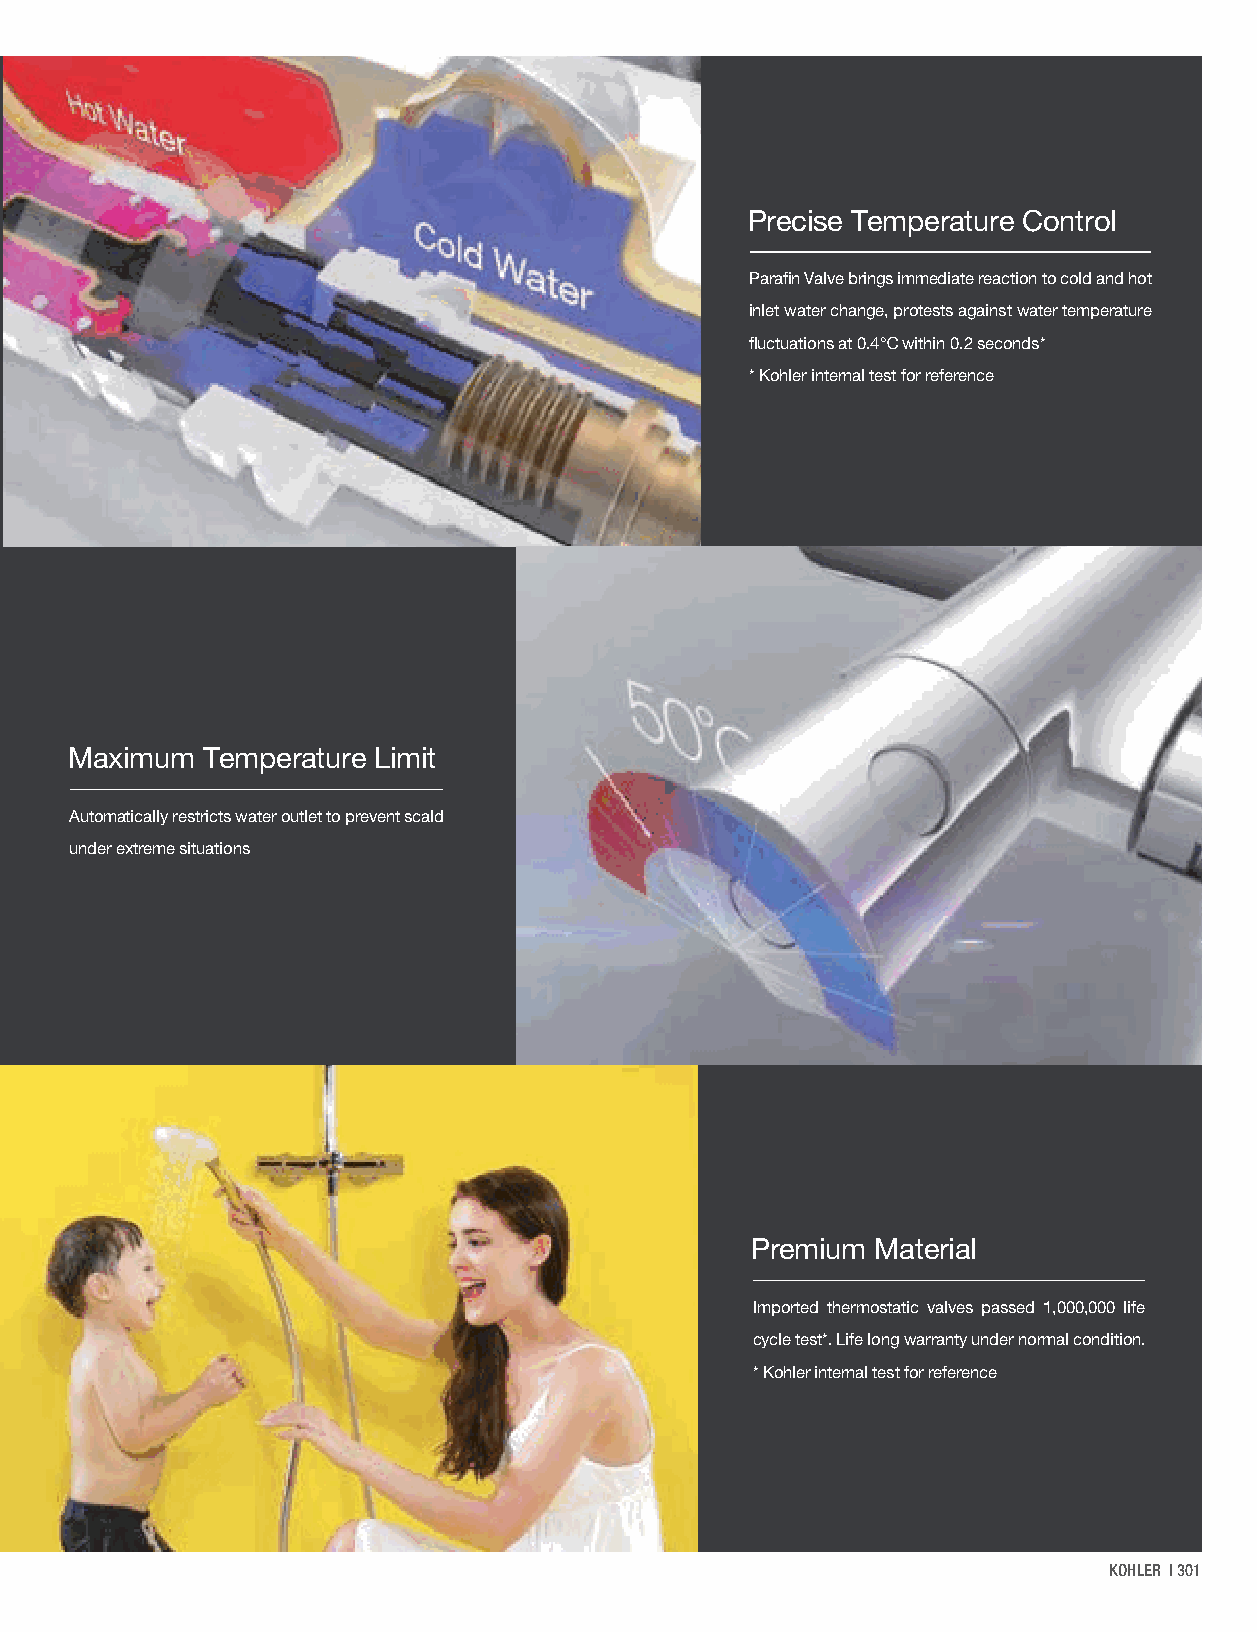
Thermostatic Valve
 Precise Temperature Control
 Parafin Valve brings immediate reaction to cold and hot
 inlet water change, protests against water temperature
 fluctuations at 0.4℃ within 0.2 seconds*
 * Kohler internal test for reference
 Maximum  Temperature Limit
 Automatically restricts water outlet to prevent scald
 under extreme situations
 Premium Material
 Imported thermostatic valves passed 1,000,000 life
 cycle test*. Life long warranty under normal condition.
 * Kohler internal test for reference
 KOHLER | 301